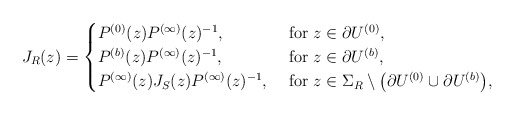
\begin{align*}J_R(z)=\begin{cases}P^{(0)}(z)P^{(\infty)}(z)^{-1},& \mbox{ for $z\in\partial U^{(0)}$},\\P^{(b)}(z)P^{(\infty)}(z)^{-1},& \mbox{ for $z\in\partial U^{(b)}$},\\P^{(\infty)}(z)J_S(z)P^{(\infty)}(z)^{-1},& \mbox{ for $z\in\Sigma_R\setminus\left(\partial U^{(0)}\cup \partial U^{(b)}\right)$,}\end{cases}\end{align*}